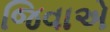
જિવાએ